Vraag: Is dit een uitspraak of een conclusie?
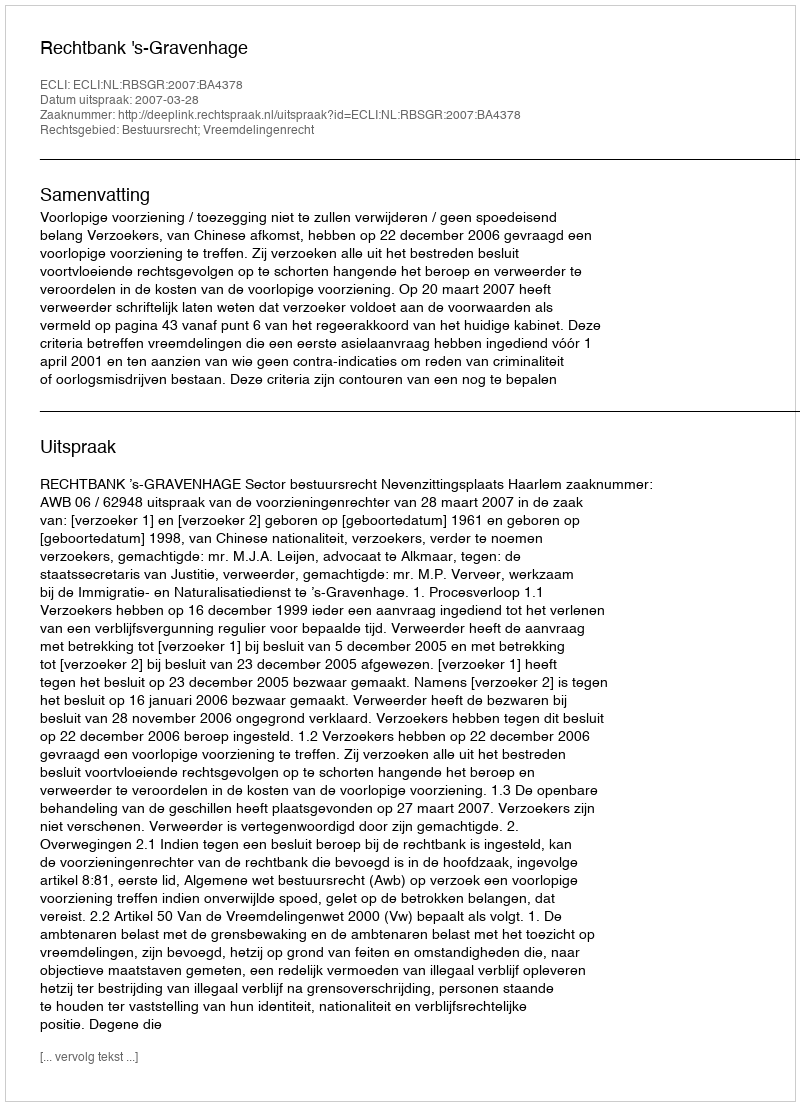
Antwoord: Uitspraak